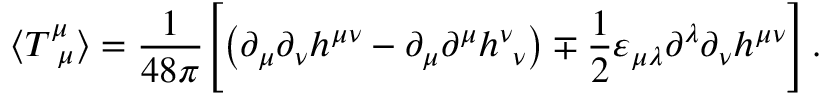
\langle T _ { \ \mu } ^ { \mu } \rangle = \frac { 1 } { 4 8 \pi } \Biggl [ \left( \partial _ { \mu } \partial _ { \nu } h ^ { \mu \nu } - \partial _ { \mu } \partial ^ { \mu } h _ { \ \nu } ^ { \nu } \right) \mp \frac { 1 } { 2 } \varepsilon _ { \mu \lambda } \partial ^ { \lambda } \partial _ { \nu } h ^ { \mu \nu } \Biggr ] \, .